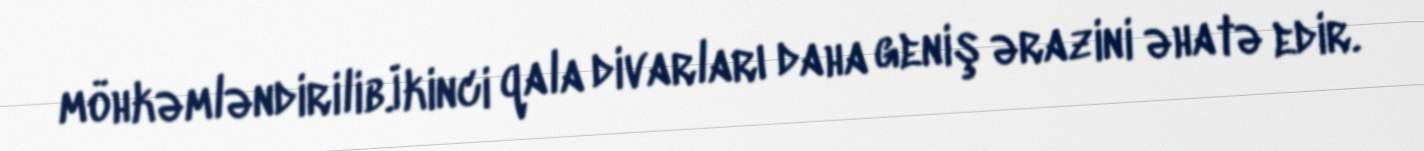
möhkəmləndirilib.İkinci qala divarları daha geniş ərazini əhatə edir.